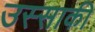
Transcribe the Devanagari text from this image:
उस्साकी